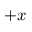
+ x